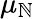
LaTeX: \mu_{\mathbb{N}}